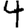
Digit: 4